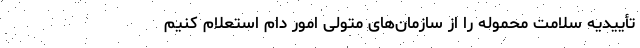
تأییدیه سلامت محموله را از سازمان‌های متولی امور دام استعلام کنیم